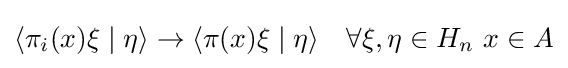
\langle \pi _{i}(x)\xi \mid \eta \rangle \to \langle \pi (x)\xi \mid \eta \rangle \quad \forall \xi ,\eta \in H_{n}\ x\in A